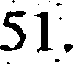
51.